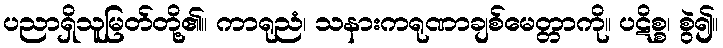
ပညာရှိသူမြတ်တို့၏။ ကာရုညံ၊ သနားကရုဏာချစ်မေတ္တာကို။ ပဋိစ္စ၊ စွဲ၍။